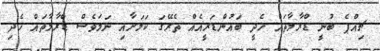
ޗިއްޕެ ބުނީ ޑްރާމާތައް ހެދީ ބައުންޑަރީއެއް ތެރޭގަ ކަމަށާއި ނަމަވެސް ޑްރާމާތައް ހެދި